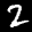
Label: 2